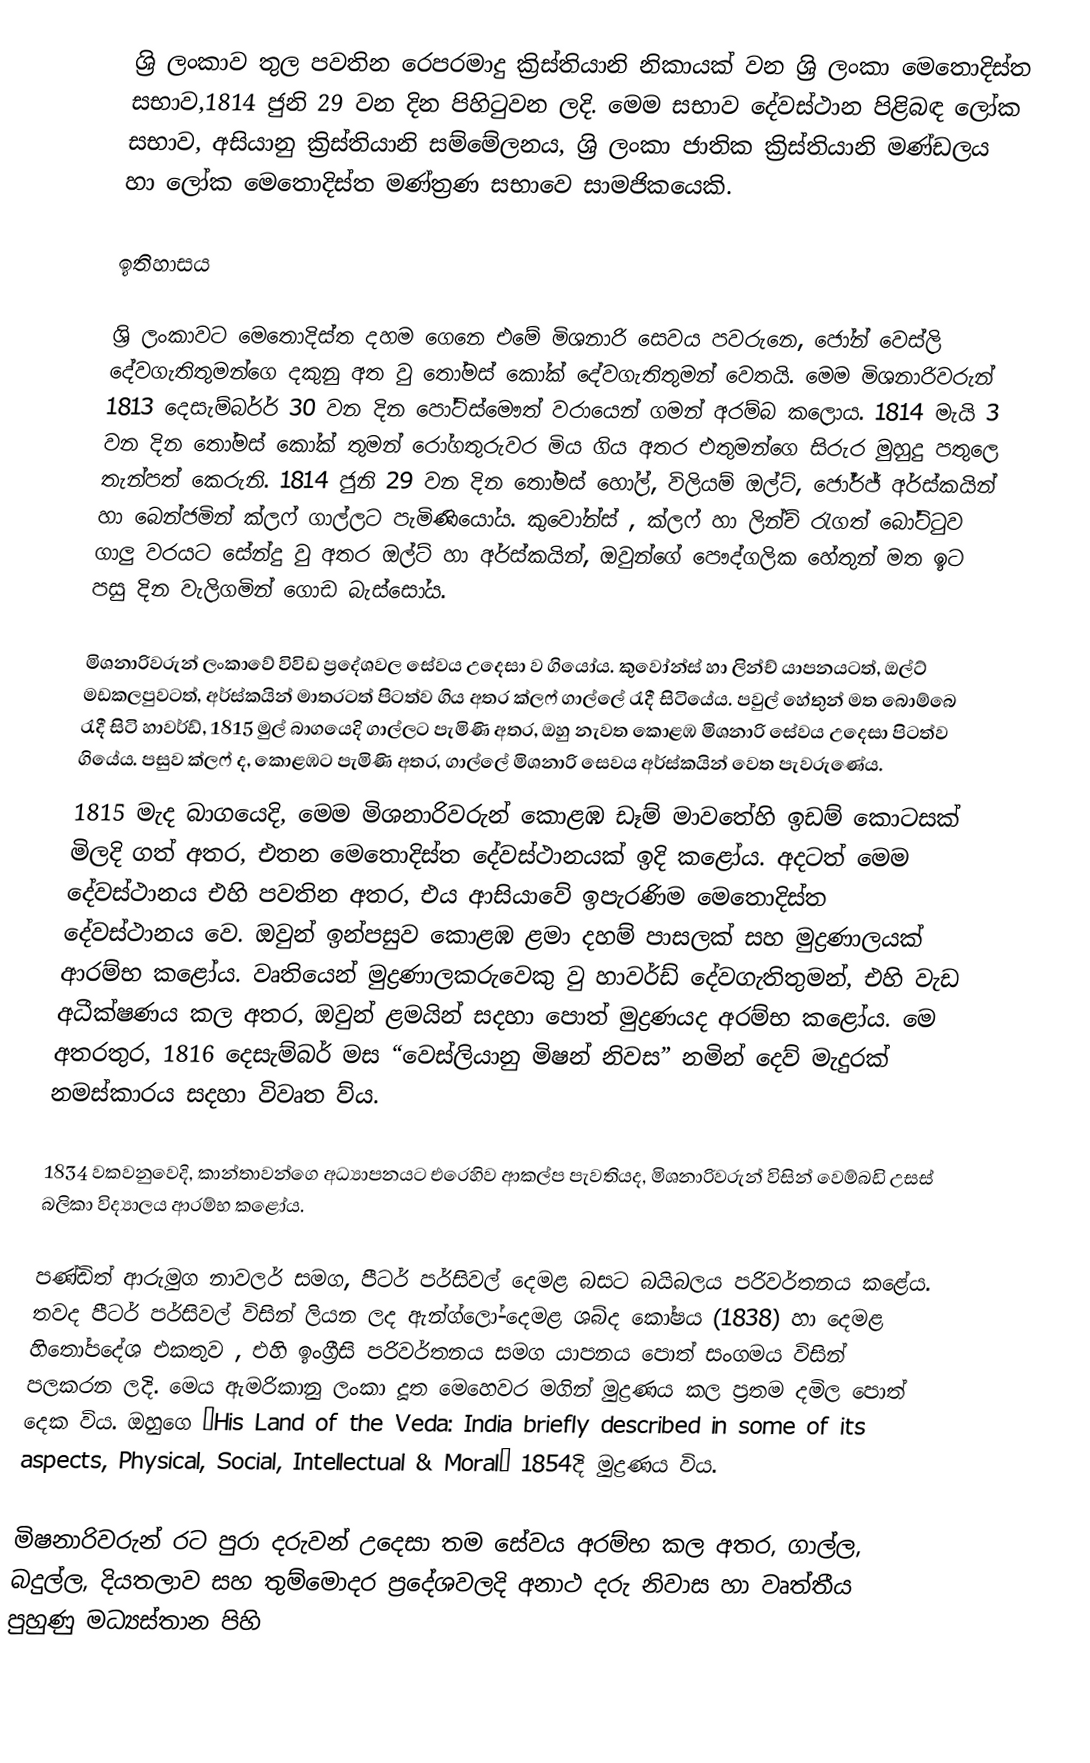
ශ්‍රි ලංකාව තුල පවතින රෙපරමාදු ක්‍රිස්තියානි නිකායක් වන ශ්‍රි ලංකා මෙතොදිස්ත සභාව,1814 ජුනි 29 වන දින පිහිටුවන ලදි. මෙම සභාව දේවස්ථාන පිළිබඳ ලෝක සභාව, අසියානු ක්‍රිස්තියානි සම්මේලනය, ශ්‍රි ලංකා ජාතික ක්‍රිස්තියානි මණ්ඩලය හා ලෝක මෙතොදිස්ත මණ්ත්‍රණ සභාවෙ සාමජිකයෙකි.

ඉතිහාසය

ශ්‍රි ලංකාවට මෙතොදිස්ත දහම ගෙනෙ එමේ මිශනාරි සෙවය පවරුනෙ, ජෝන් වෙස්ලි දේවගැතිතුමන්ගෙ දකුනු අත වු තෝමස් කෝක් දේවගැතිතුමන් වෙතයි. මෙම මිශනාරිවරුන් 1813 දෙසැම්බර්ර් 30 වන දින පෝට්ස්මෞත් වරායෙන් ගමන් අරම්බ කලොය. 1814 මැයි 3 වන දින තෝමස් කෝක් තුමන් රෝගතුරුවර මිය ගිය අතර එතුමන්ගෙ සිරුර මුහුදු පතුලෙ තැන්පත් කෙරුනි. 1814 ජුනි 29 වන දින තෝමස් හෝල්, විලියම් ඔල්ට්, ජෝර්ජ් අර්ස්කයින් හා බෙන්ජමින් ක්ලෆ් ගාල්ලට පැමිණියෝය. කුවෝන්ස් , ක්ලෆ් හා ලින්ච් රැගත් බෝට්ටුව ගාලු වරයට සේන්දු වු අතර ඔල්ට් හා අර්ස්කයින්, ඔවුන්ගේ පෞද්ගලික හේතුන් මත ඉට පසු දින වැලිගමින් ගොඩ බැස්සෝය.

මිශනාරිවරුන් ලංකාවේ විවිඩ ප්‍රදේශවල සේවය උදෙසා ව ගියෝය. කුවෝන්ස් හා ලින්ච් යාපනයටත්, ඔල්ට් මඩකලපුවටත්, අර්ස්කයින් මාතරටත් පිටත්ව ගිය අතර ක්ලෆ් ගාල්ලේ රැදී සිටියේය. පවුල් හේතුන් මත බොම්බෙ රැදී සිටි හාවර්ඩ්, 1815 මුල් බාගයෙදි ගාල්ලට පැමිණි අතර, ඔහු නැවත කොළඹ මිශනාරි සේවය උදෙසා පිටත්ව ගියේය. පසුව ක්ලෆ් ද, කොළඹට පැමිණි අතර, ගාල්ලේ මිශනාරි සෙවය අර්ස්කයින් වෙත පැවරුණේය.
1815 මැද බාගයෙදි, මෙම මිශනාරිවරුන් කොළඹ ඩෑම් මාවතේහි ඉඩම් කොටසක් මිලදි ගත් අතර, එතන මෙතොදිස්ත දේවස්ථානයක් ඉදි කළෝය. අදටත් මෙම දේවස්ථානය එහි පවතින අතර, එය ආසියාවේ ඉපැරණිම මෙතොදිස්ත දේවස්ථානය වෙ. ඔවුන් ඉන්පසුව කොළඹ ළමා දහම් පාසලක් සහ මුද්‍රණාලයක් ආරම්භ කළෝය. වෘතියෙන්  මුද්‍රණාලකරුවෙකු වු හාවර්ඩ් දේවගැතිතුමන්, එහි වැඩ අධීක්ෂණය කල අතර,  ඔවුන්  ළමයින් සදහා පොත් මුද්‍රණයද අරම්භ කළෝය. මෙ අතරතුර, 1816 දෙසැම්බර් මස “වෙස්ලියානු මිෂන් නිවස” නමින් දෙව් මැදුරක්  නමස්කාරය සදහා විවෘත  ව්ය.

1834 වකවනුවෙදි, කාන්තාවන්ගෙ අධ්‍යාපනයට එරෙහිව ආකල්ප පැවතියද, මිශනාරිවරුන් විසින් වෙම්බඩි උසස් බලිකා විද්‍යාලය ආරම්භ කළෝය.

පණ්ඩිත් ආරුමුග නාවලර් සමග, පීටර් පර්සිවල් දෙමළ බසට බයිබලය පරිවර්තනය කළේය. තවද පීටර් පර්සිවල් විසින් ලියන ලද ඇන්ග්ලෝ-දෙමළ ශබ්ද කෝෂය (1838) හා දෙමළ හිතෝපදේශ එකතුව , එහි ඉංග්‍රීසි පරිවර්තනය සමග යාපනය පොත් සංගමය විසින් පලකරන  ලදි. මෙය ඇමරිකානු ලංකා දූත මෙහෙවර මගින් මුද්‍රණය කල ප්‍රතම දමිල පොත් දෙක විය.  ඔහුගෙ “His Land of the Veda: India briefly described in some of its aspects, Physical, Social, Intellectual & Moral”  1854දි මුද්‍රණය  විය.

මිෂනාරිවරුන් රට පුරා දරුවන් උදෙසා තම සේවය අරම්භ කල අතර, ගාල්ල, බදුල්ල, දියතලාව සහ තුම්මොදර ප්‍රදේශවලදි අනාථ දරු නිවාස හා වෘත්තීය පුහුණු මධ්‍යස්තාන  පිහි